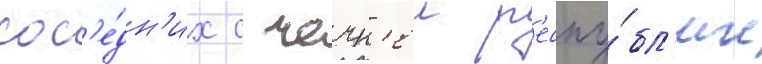
сос'е́дн'их с чечн'еи р'еспу́бл'ик